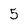
Character: 5